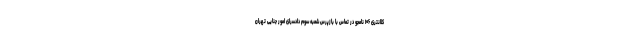
کلانتری ۱۰۶ نامجو در تماس با بازپرس شعبه سوم دادسرای امور جنایی تهران